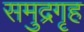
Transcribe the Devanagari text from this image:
समुद्रगृह